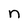
Character: n